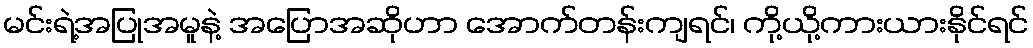
မင်းရဲ့အပြုအမူနဲ့ အပြောအဆိုဟာ အောက်တန်းကျရင်၊ ကို့ယို့ကားယားနိုင်ရင်